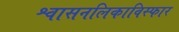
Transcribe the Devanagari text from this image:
श्वासनलिकाविस्फार